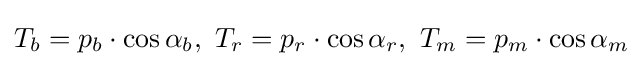
T_{b}=p_{b}\cdot \cos \alpha _{b},\ T_{r}=p_{r}\cdot \cos \alpha _{r},\ T_{m}=p_{m}\cdot \cos \alpha _{m}